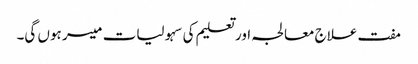
مفت علاج معالجہ اور تعلیم کی سہولیات میسر ہوں گی۔